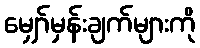
မျှော်မှန်းချက်များကို